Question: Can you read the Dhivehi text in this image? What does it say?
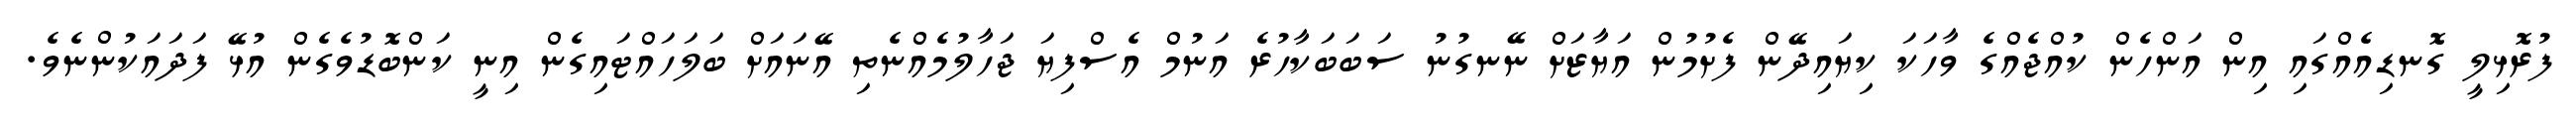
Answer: ފުރޮޅިލީ ގޮނޑިއެއްގައި އިން އަންހެން ކުއްޖެއްގެ ވާހަކަ ކިޔައިދޭން ފެށުމުން އަޔާޒަށް ނޭނގުނު ސަބަބަކާހުރެ އަނުމް އެސްފިޔަ ޖަހާލުމެއްނެތި އޭނައަށް ބަލަހައްޓައިގެން އިނީ ކަންބޮޑުވެގެން އުޅޭ ފަދައަކުންނެވެ.